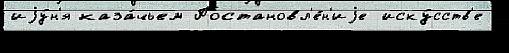
иjу́н'я каза́чьем Постановл'е́н'иjе иску́сств'е